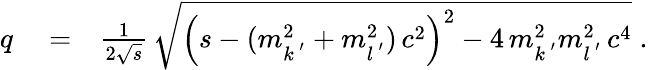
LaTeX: \begin{array}{rlr}{q}&{{}=}&{\frac{1}{2\sqrt{s}}\, \sqrt{\left(s-(m_{k^{\, ^{\prime}}}^{2}+m_{l^{\, ^{\prime}}}^{2})\, c^{2}\right)^{2}-4\, m_{k^{\, ^{\prime}}}^{2}m_{l^{\, ^{\prime}}}^{2}\, c^{4}}\; .}\end{array}